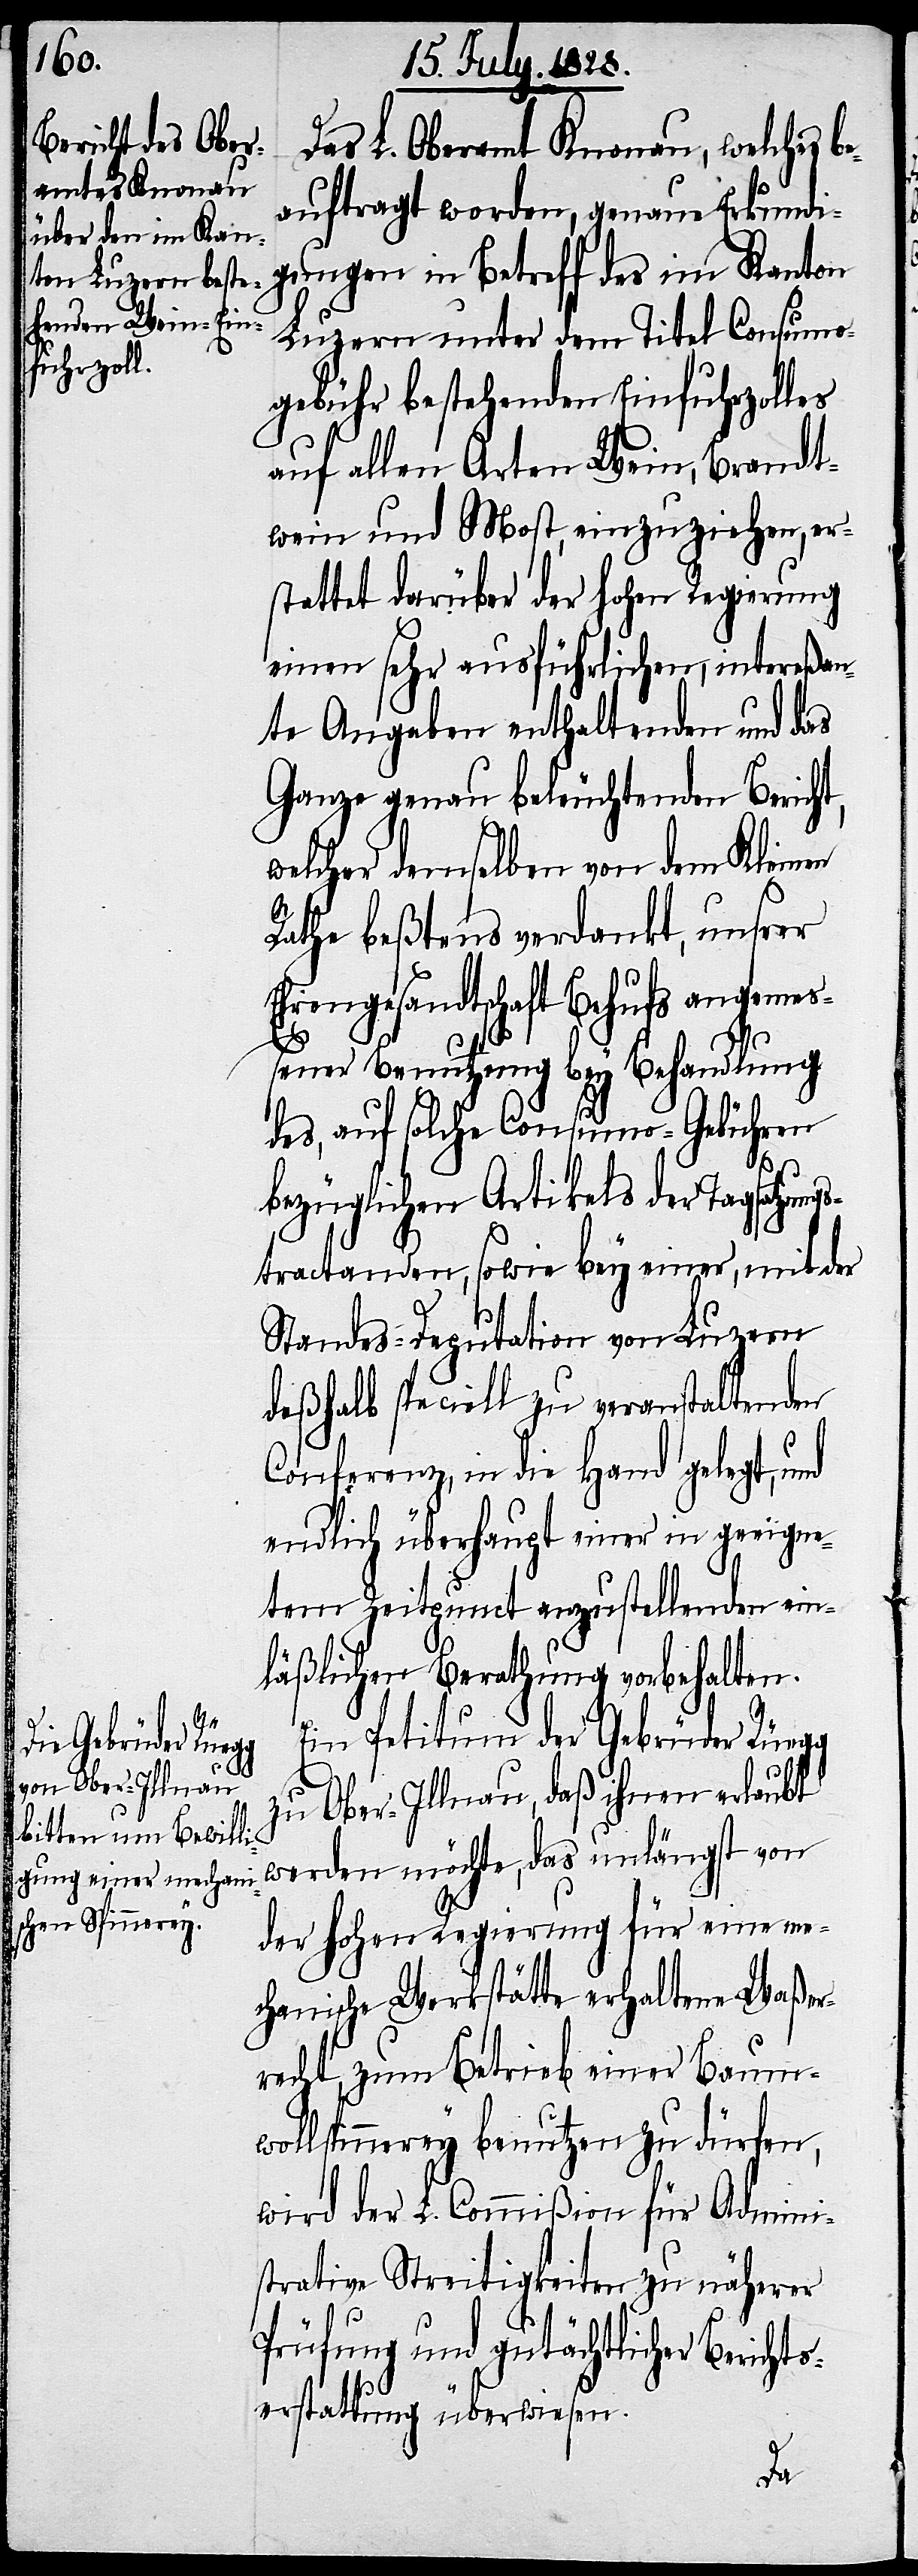
Das L. Oberamt Knonau, welches be¬
auftragt worden, genaue Erkundi¬
gungen in Betreff des im Kanton
Luzern unter dem Titel Consumo¬
gebühr bestehenden Einfuhrzolles
auf allen Arten Wein, Brandt¬
wein und Most, einzuziehen, er¬
stattet darüber der hohen Regierung
einen sehr ausführlichen, intereßan¬
te Angaben enthaltenden und das
Ganze genau beleuchtenden Bericht,
welcher demselben von dem Kleinen
Rathe beßtens verdankt, unsrer
Ehrengesandtschaft Behufs angeme¬
ßener Benutzung bey Behandlung
des, auf solche Consumo-Gebühren
bezüglichen Artikels der Tagsatzungs¬
tractanden, sowie bey einer, mit der
Standes-Deputation von Luzern
deßhalb speciell zu veranstaltenden
Conferenz, in die Hand gelegt,
endlich überhaupt einer in geeigne¬
tem Zeitpunct anzustellenden ein¬
läßlichen Berathung vorbehalten.
Ein Petitum der Gebrüder Rüegg
zu Ober-Illnau, daß ihnen erlaubt
werden möchte, das unlängst von
der hohen Regierung für eine me¬
chanische Werkstätte erhaltene Waßer¬
recht, zum Betrieb einer Baumw¬
ollspinnerey benutzen zu dürfen,
wird der L. Commißion für Admini¬
strative Streitigkeiten zu näherer
Prüfung und gutächtlicher Bericht¬
serstattung überwiesen.